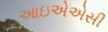
આઇએએસી